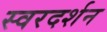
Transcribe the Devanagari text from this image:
स्वरदर्शन